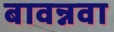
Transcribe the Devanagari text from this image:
बावन्नवा